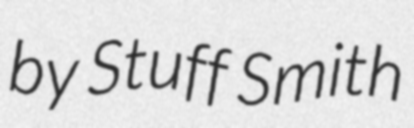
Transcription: by Stuff Smith